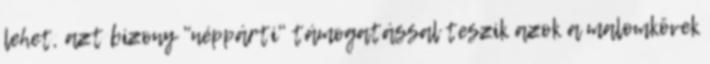
lehet, azt bizony "néppárti" támogatással teszik azok a malomkövek